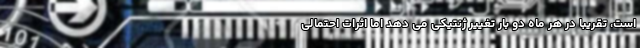
است، تقریبا در هر ماه دو بار تغییر ژنتیکی می دهد اما اثرات احتمالی